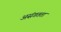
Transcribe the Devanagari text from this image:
असंगतता